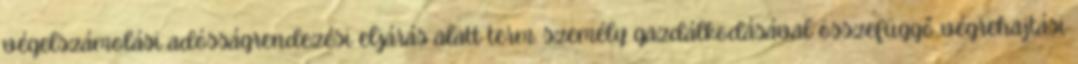
végelszámolási adósságrendezési eljárás alatt term. személy gazdálkodásával összefüggő végrehajtási